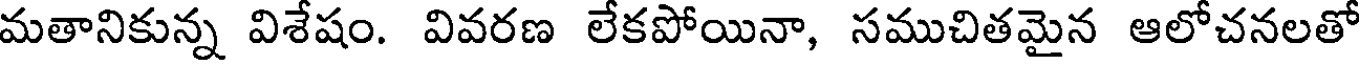
మతానికున్న విశేషం. వివరణ లేకపోయినా, సముచితమైన ఆలోచనలతో